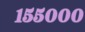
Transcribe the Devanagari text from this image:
१५५०००